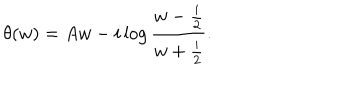
\theta ( w ) = A w - i \log { \frac { w - { \frac { i } { 2 } } } { w + { \frac { i } { 2 } } } } .